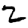
Digit: 2